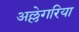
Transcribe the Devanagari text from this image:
अल्लेगरिया